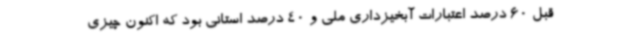
قبل 60 درصد اعتبارات آبخیزداری ملی و 40 درصد استانی بود که اکنون چیزی